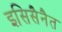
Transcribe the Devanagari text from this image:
इसिसैनैत